Juuru_vallavalitsus, lk 52
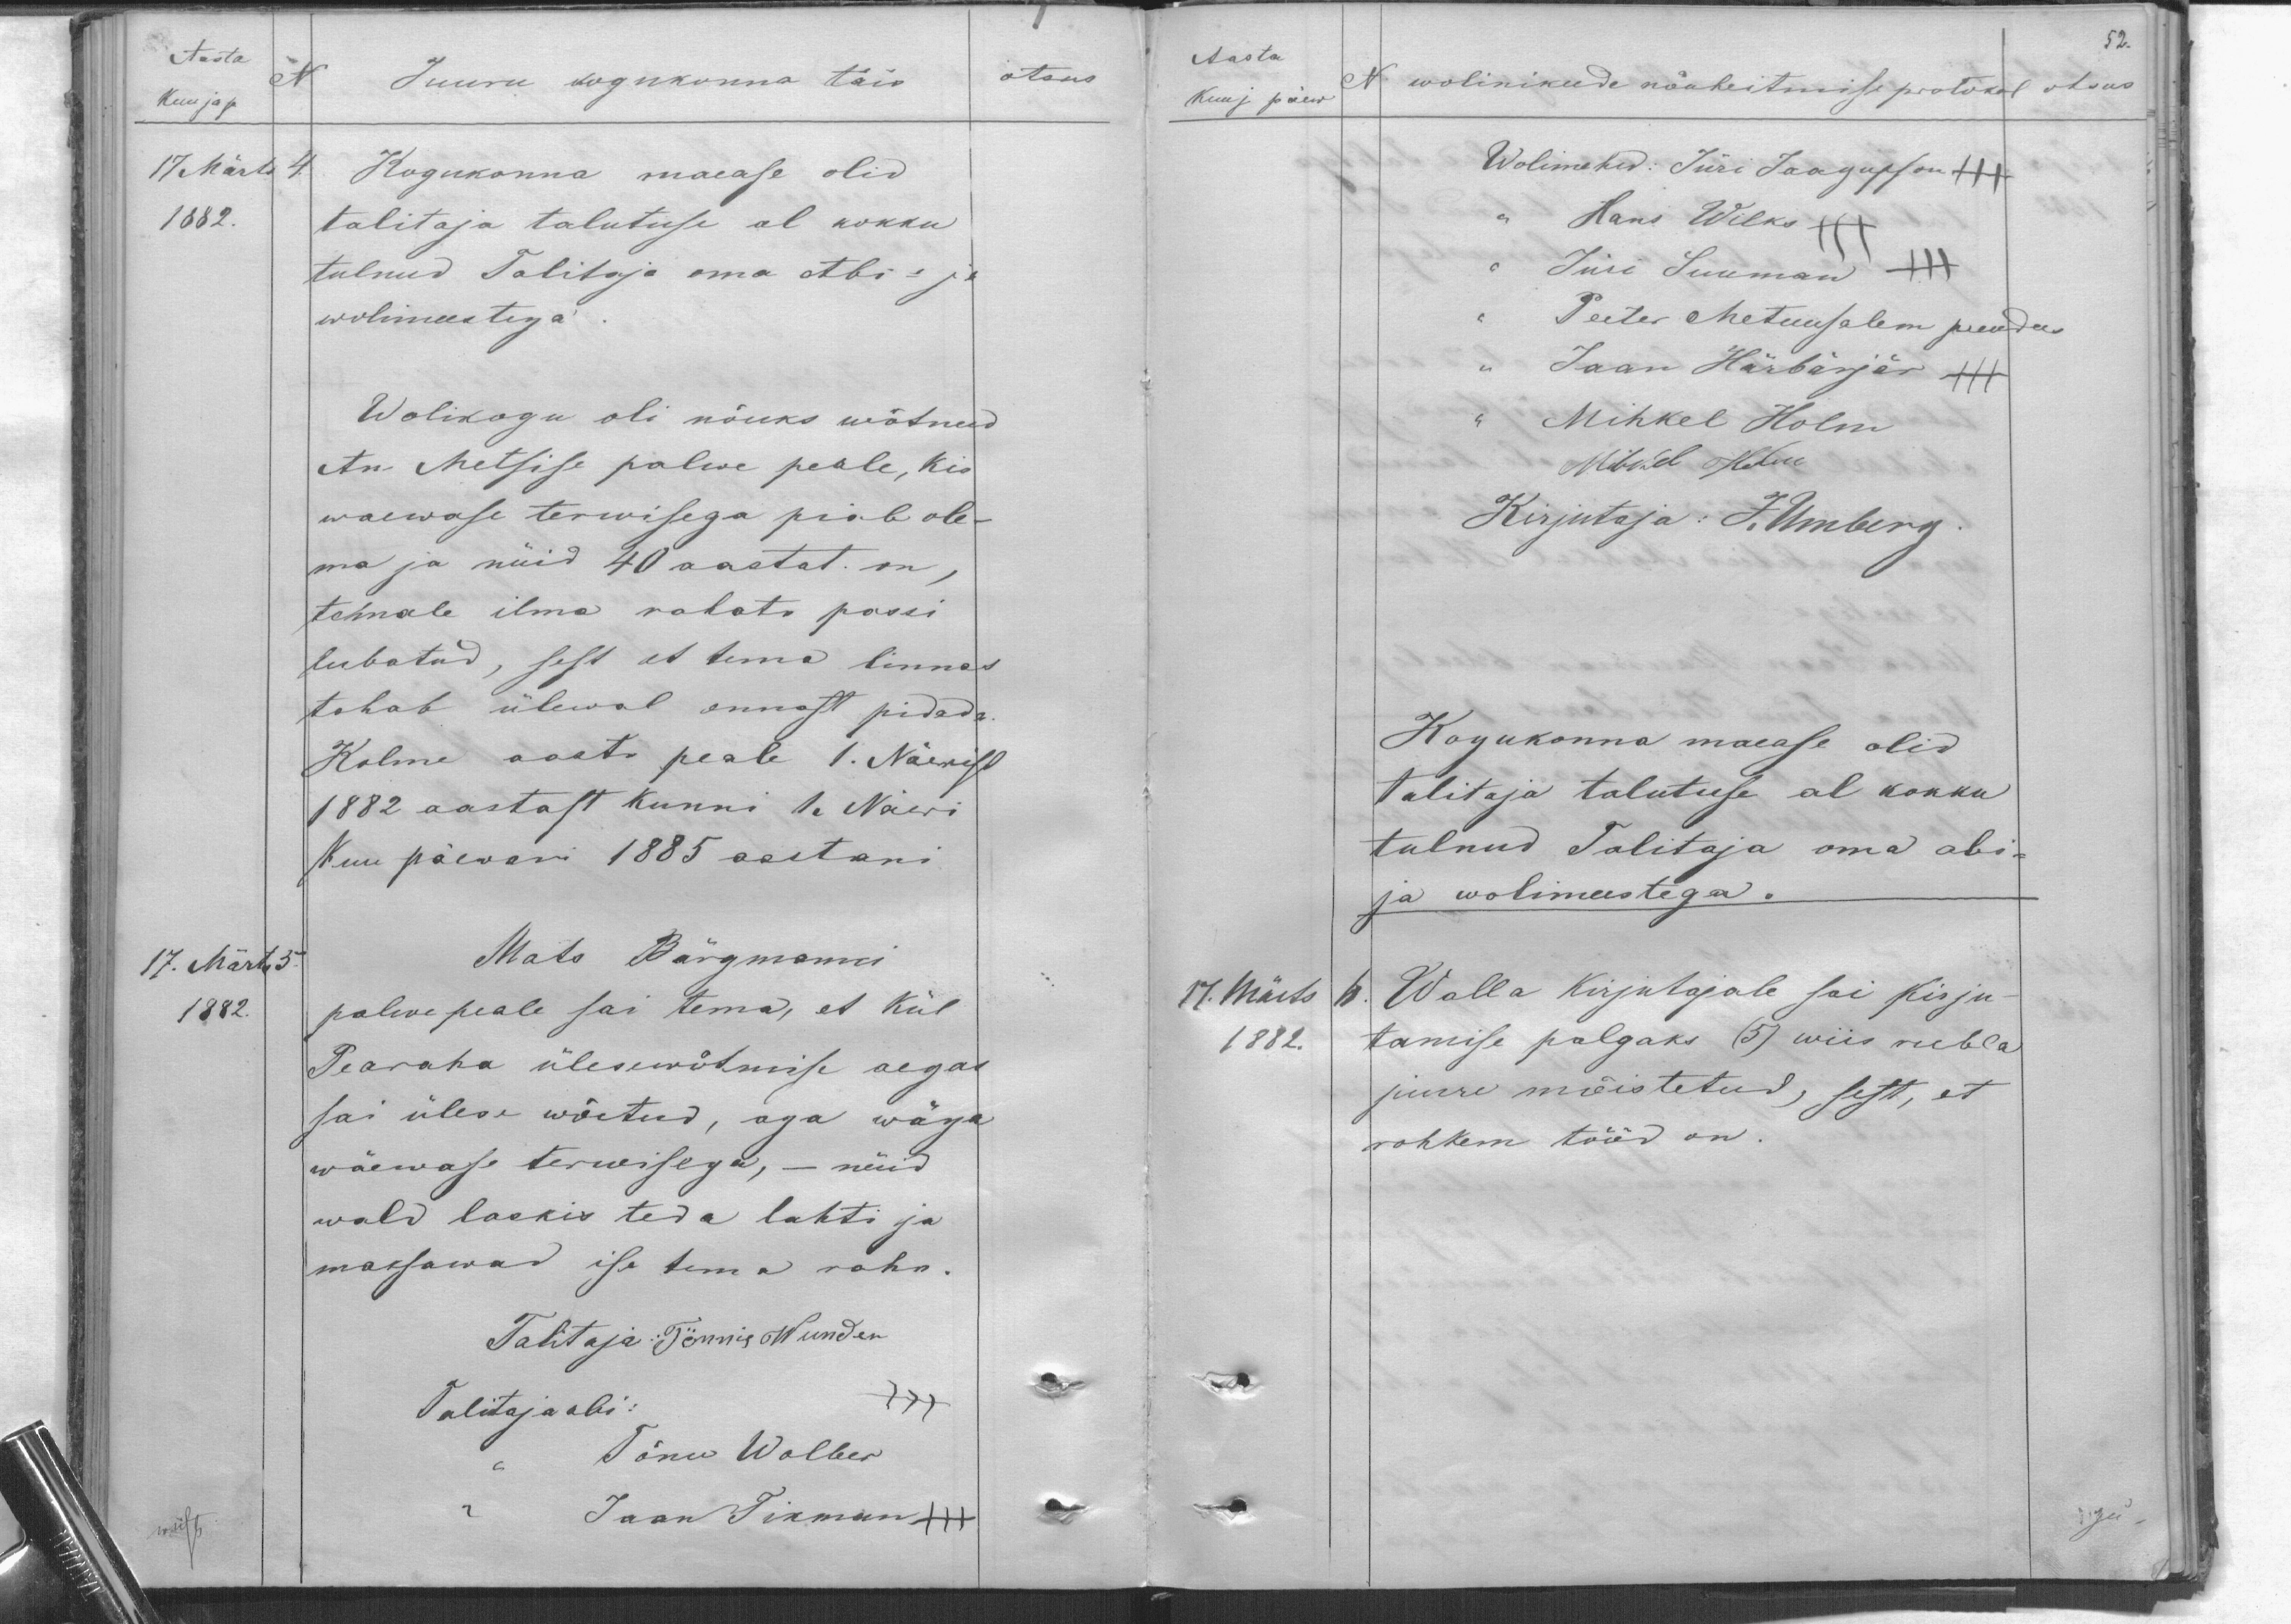
Aasta
N
Kuu ja p.
17 Märts 4.
1882.
otsus.
Juuru kogukonna täis
Kogukonna maease olid
talitaja talutuse al kokku
tulnud Talitaja oma abi- ja
wolimeestega.
Wolikogu oli nõuks wõtnud
An Metsise palwe peale, kis
waewase terwisega piab ole-
ma ja nüid 40 aastat. on,
temale ilma rahata passi
lubatud, sest et tema linnas
tahab ülewal ennast pidada.
Kolme aasta peale 1. Näerist
1882 aastast kunni 1. Näeri
Kuu päewani 1885 aastani
17. Märts 5.
1882.
Mats Bärgmanni
palwe peale sai tema, et kül
Pearaha ülesewõtmise aegas
sai ülese wõetud, aga wäga
wäewase terwisega, - nüid
wald laskis teda lahti ja
maksawad ise tema raha.
Talitaja: Tönnis Wunder
Talitaja abi:
Tõnu Wolber
Jaan Tikman +++

52.
Aasta
Kuu j päew
N wolinikude nõuheitmise protokol otsus
Wolimehed: Jüri Jaagupson +++
Hans Wilks +++
Jüri Suumann +++
Peeter Metuusalem puudus
Jaan Härbärjär +++
Mihkel Holm
Mihkel Holm
Kirjutaja: J. Umberg.
Kogukonna maease olid
Talitaja talutuse al kokku
tulnud Talitaja oma abi-
ja wolimeestega.
11. Märts 6.
1882.
Walla Kirjutajale sai kirju-
tamise palgaks (5) wiis rubla
juure mõistetud, sest, et
rohkem tööd on.